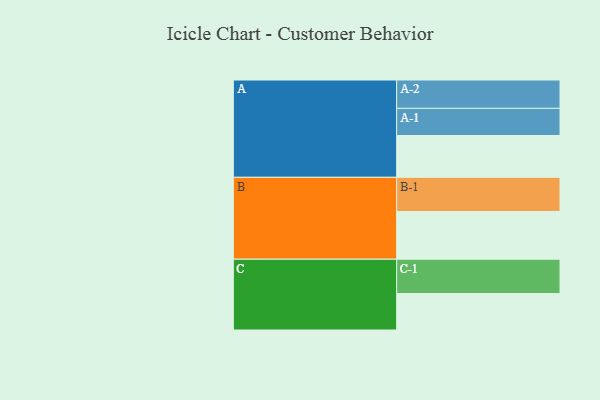
{"axis": {"x": "Segment", "y": "Value"}, "legend": ["", "A", "B", "C"], "data": [{"x": "A", "y": 345, "type": ""}, {"x": "B", "y": 394, "type": ""}, {"x": "C", "y": 301, "type": ""}, {"x": "A-1", "y": 224, "type": "A"}, {"x": "A-2", "y": 234, "type": "A"}, {"x": "B-1", "y": 282, "type": "B"}, {"x": "C-1", "y": 283, "type": "C"}]}